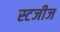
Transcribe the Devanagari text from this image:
स्टजीज